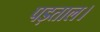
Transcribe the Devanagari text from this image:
पड़ताल।